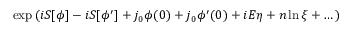
\exp \left( i S [ \phi ] - i S [ \phi ^ { \prime } ] + j _ { 0 } \phi ( 0 ) + j _ { 0 } \phi ^ { \prime } ( 0 ) + i E \eta + n \ln \xi + \dots \right)